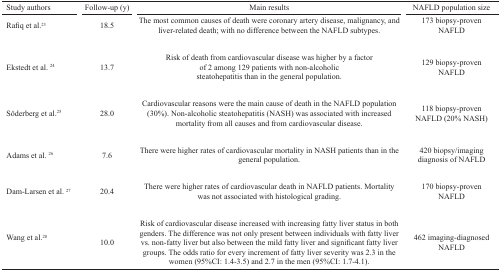
| Study authors | Follow-up (y) | Main results | NAFLD population size |
 | --- | --- | --- | --- |
 | Rafiq et al.23 | 18.5 | The most common causes of death were coronary artery disease, malignancy, and liver-related death; with no difference between the NAFLD subtypes. | 173 biopsy-proven NAFLD |
 | Ekstedt et al. 24 | 13.7 | Risk of death from cardiovascular disease was higher by a factorof 2 among 129 patients with non-alcoholicsteatohepatitis than in the general population. | 129 biopsy-proven NAFLD |
 | Söderberg et al.25 | 28.0 | Cardiovascular reasons were the main cause of death in the NAFLD population (30%). Non-alcoholic steatohepatitis (NASH) was associated with increased mortality from all causes and from cardiovascular disease. | 118 biopsy-proven NAFLD (20% NASH) |
 | Adams et al. 26 | 7.6 | There were higher rates of cardiovascular mortality in NASH patients than in the general population. | 420 biopsy/imaging diagnosis of NAFLD |
 | Dam-Larsen et al. 27 | 20.4 | There were higher rates of cardiovascular death in NAFLD patients. Mortality was not associated with histological grading. | 170 biopsy-provenNAFLD |
 | Wang et al.28 | 10.0 | Risk of cardiovascular disease increased with increasing fatty liver status in both genders. The difference was not only present between individuals with fatty liver vs. non-fatty liver but also between the mild fatty liver and significant fatty liver groups. The odds ratio for every increment of fatty liver severity was 2.3 in the women (95%CI: 1.4-3.5) and 2.7 in the men (95%CI: 1.7-4.1). | 462 imaging-diagnosed NAFLD |